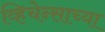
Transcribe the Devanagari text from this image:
व्हिचेन्साच्या